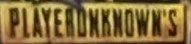
PLAYERDKKNOWNS